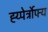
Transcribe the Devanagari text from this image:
ह्य्पेर्त्रोफ्य